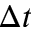
\Delta t